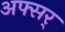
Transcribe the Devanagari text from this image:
अफ्सर्